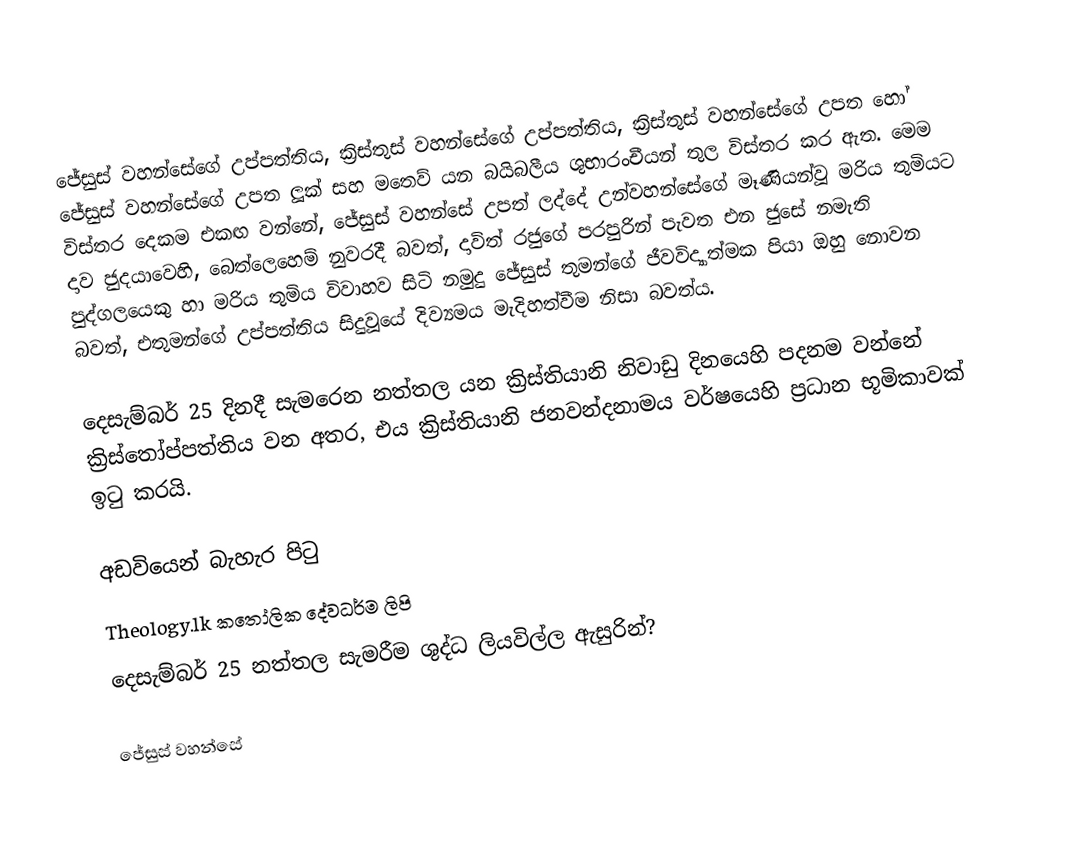
ජේසුස් වහන්සේගේ උප්පත්තිය, ක්‍රිස්තුස් වහන්සේගේ උප්පත්තිය, ක්‍රිස්තුස් වහන්සේගේ උපත හෝ ජේසුස් වහන්සේගේ උපත ලූක් සහ මතෙව් යන බයිබලීය ශුභාරංචීයන් තුල විස්තර කර ඇත. මෙම විස්තර දෙකම එකඟ වන්නේ, ජේසුස් වහන්සේ උපත් ලද්දේ උන්වහන්සේගේ මෑණියන්වූ මරිය තුමියට දාව ජුදයාවෙහි,   බෙත්ලෙහෙම් නුවරදී  බවත්,  දාවිත් රජුගේ පරපුරින් පැවත එන ජුසේ නමැති පුද්ගලයෙකු හා මරිය තුමිය විවාහව සිටි නමුදු ජේසුස් තුමන්ගේ ජීවවිද්‍යාත්මක පියා ඔහු නොවන බවත්,  එතුමන්ගේ උප්පත්තිය සිදුවූයේ දිව්‍යමය මැදිහත්වීම නිසා බවත්ය.

දෙසැම්බර් 25 දිනදී සැමරෙන නත්තල යන  ක්‍රිස්තියානි නිවාඩු දිනයෙහි පදනම වන්නේ ක්‍රිස්තෝප්පත්තිය වන අතර, එය ක්‍රිස්තියානි ජනවන්දනාමය වර්ෂයෙහි ප්‍රධාන භූමිකාවක් ඉටු කරයි.

අඩවියෙන් බැහැර පිටු
 Theology.lk කතෝලික දේවධර්ම ලිපි
 දෙසැම්බර් 25 නත්තල සැමරීම ශුද්ධ ලියවිල්ල ඇසුරින්?

ජේසුස් වහන්සේ